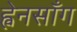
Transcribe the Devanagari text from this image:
ह्वेनसाँग